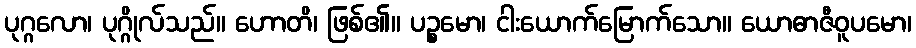
ပုဂ္ဂလော၊ ပုဂ္ဂိုလ်သည်။ ဟောတိ၊ ဖြစ်၏။ ပဉ္စမော၊ ငါးယောက်မြောက်သော။ ယောဓာဇီဝူပမော၊